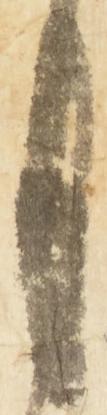
月